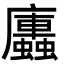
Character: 𭚏